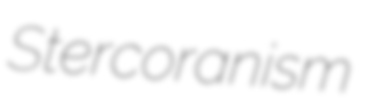
Stercoranism